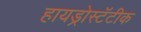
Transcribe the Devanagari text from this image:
हायड्रोस्टॅटीक